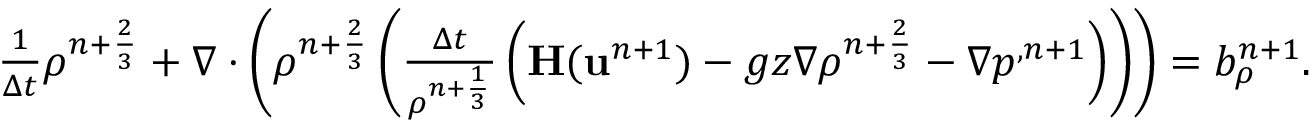
\begin{array} { r } { \frac { 1 } { \Delta t } { \rho } ^ { n + \frac { 2 } { 3 } } + \nabla \cdot \left( { \rho } ^ { n + \frac { 2 } { 3 } } \left( \frac { \Delta t } { { \rho } ^ { n + \frac { 1 } { 3 } } } \left( \mathbf { H } ( \mathbf u ^ { n + 1 } ) - g z \nabla { \rho } ^ { n + \frac { 2 } { 3 } } - \nabla p ^ { , n + 1 } \right) \right) \right) = b _ { \rho } ^ { n + 1 } . } \end{array}